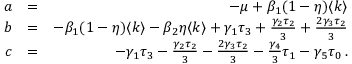
\begin{array} { r l r } { a } & { = } & { - \mu + \beta _ { 1 } ( 1 - \eta ) \langle k \rangle } \\ { b } & { = } & { - \beta _ { 1 } ( 1 - \eta ) \langle k \rangle - \beta _ { 2 } \eta \langle k \rangle + \gamma _ { 1 } \tau _ { 3 } + \frac { \gamma _ { 2 } \tau _ { 2 } } { 3 } + \frac { 2 \gamma _ { 3 } \tau _ { 2 } } { 3 } } \\ { c } & { = } & { - \gamma _ { 1 } \tau _ { 3 } - \frac { \gamma _ { 2 } \tau _ { 2 } } { 3 } - \frac { 2 \gamma _ { 3 } \tau _ { 2 } } { 3 } - \frac { \gamma _ { 4 } } { 3 } \tau _ { 1 } - \gamma _ { 5 } \tau _ { 0 } \, . } \end{array}